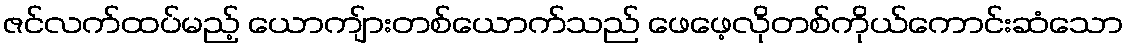
ဇင်လက်ထပ်မည့် ယောကျ်ားတစ်ယောက်သည် ဖေဖေ့လိုတစ်ကိုယ်ကောင်းဆံသော